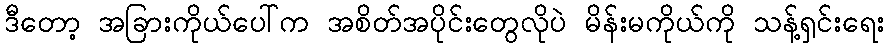
ဒီတော့ အခြားကိုယ်ပေါ်က အစိတ်အပိုင်းတွေလိုပဲ မိန်းမကိုယ်ကို သန့်ရှင်းရေး